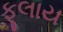
ફૂલાય